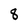
Character: 8